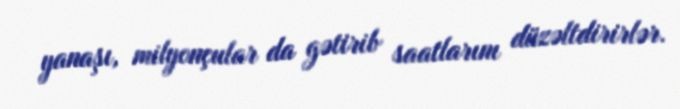
yanaşı, milyonçular da gətirib saatlarını düzəltdirirlər.